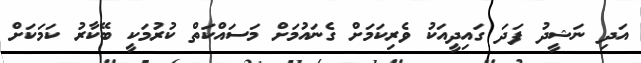
އަދި ނަޝީދު ފަދަ ގައިދީއަކު ވެރިކަމަށް ގެނައުމަށް މަސައްކަތް ކުރުމަކީ ބޭކާރު ކަމަކަށް